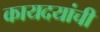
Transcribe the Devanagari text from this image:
कायदयांची